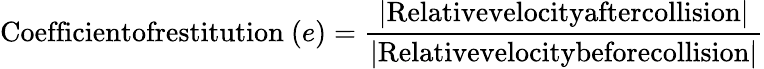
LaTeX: {\mathrm{Coefficientofrestitution~}}(e)={\frac{\left|{\mathrm{Relativevelocityaftercollision}}\right|}{\left|{\mathrm{Relativevelocitybeforecollision}}\right|}}